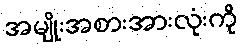
အမျိုးအစားအားလုံးကို